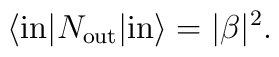
\langle  \mathrm{in}|N_\mathrm{out}|\mathrm{in}\rangle=|\beta|^2.